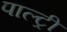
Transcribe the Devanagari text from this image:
पाल्ट्री